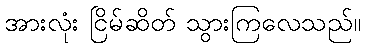
အားလုံး ငြိမ်ဆိတ် သွားကြလေသည်။